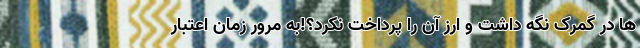
ها در گمرک نگه داشت و ارز آن را پرداخت نکرد؟!به مرور زمان اعتبار